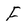
Character: F